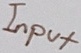
Text: Input